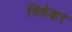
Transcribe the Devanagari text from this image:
विवेकर